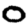
Digit: 0